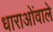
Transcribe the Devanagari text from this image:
धाराओंवाले